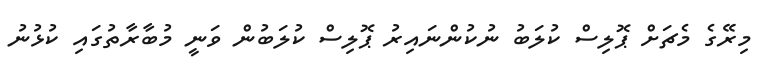
މިރޭގެ މެޗަށް ޕޮލިސް ކުލަބު ނުކުންނައިރު ޕޮލިސް ކުލަބުން ވަނީ މުބާރާތުގައި ކުޅުނު